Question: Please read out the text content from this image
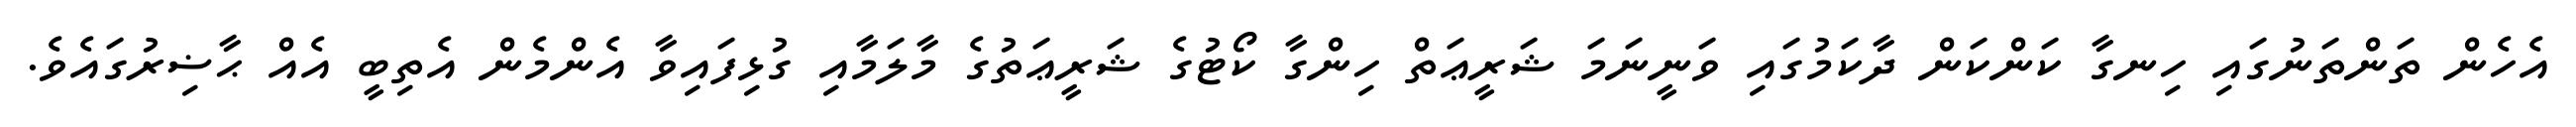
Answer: އެހެން ތަންތަނުގައި ހިނގާ ކަންކަން ދާކަމުގައި ވަނީނަމަ ޝަރީޢަތް ހިންގާ ކޯޓުގެ ޝަރީޢަތުގެ މާލަމާއި ގުޅިފައިވާ އެންމެން އެތިބީ އެއް ޙާޟިރުގައެވެ.